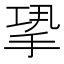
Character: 𢭤